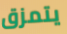
يتمزق